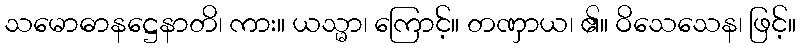
သမောဓာနဋ္ဌေနာတိ၊ ကား။ ယသ္မာ၊ ကြောင့်။ တဏှာယ၊ ၏။ ဝိသေသေန၊ ဖြင့်။